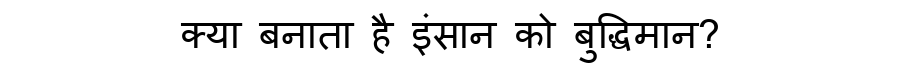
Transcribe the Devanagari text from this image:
क्या बनाता है इंसान को बुद्धिमान?